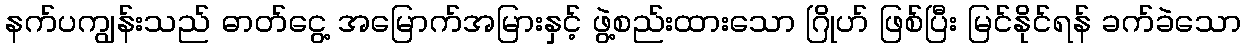
နက်ပကျွန်းသည် ဓာတ်ငွေ့ အမြောက်အမြားနှင့် ဖွဲ့စည်းထားသော ဂြိုဟ် ဖြစ်ပြီး မြင်နိုင်ရန် ခက်ခဲသော